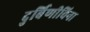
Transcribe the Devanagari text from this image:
दुर्बिणीविना